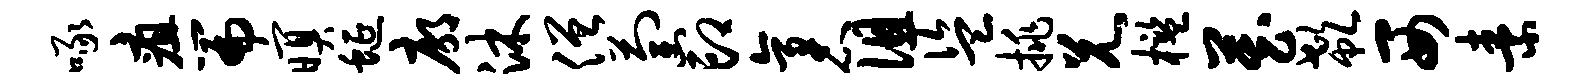
啄疽篇暝蜒廓沐僧萄印袤徂盗挑兄槛藏欷西素